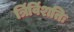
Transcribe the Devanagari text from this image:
त्रिंविंशतिः